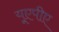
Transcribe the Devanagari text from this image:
यूएपीए